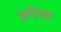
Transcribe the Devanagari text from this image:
पूर्वपुंपक्व